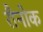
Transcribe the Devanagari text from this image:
रौनोक